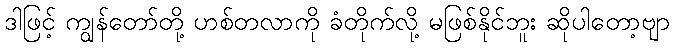
ဒါဖြင့် ကျွန်တော်တို့ ဟစ်တလာကို ခံတိုက်လို့ မဖြစ်နိုင်ဘူး ဆိုပါတော့ဗျာ